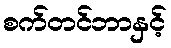
စက်တင်ဘာနှင့်